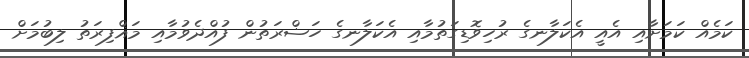
ކަމެއް ކަމަށާއި އެއީ އެކަލާނގެ ރުހިވޮޑިގަތުމާއި އެކަލާނގެ ހަޟްރަތުން ފުއްދެވުމާއި މަޣްފިރަތު ލިބުމަށް